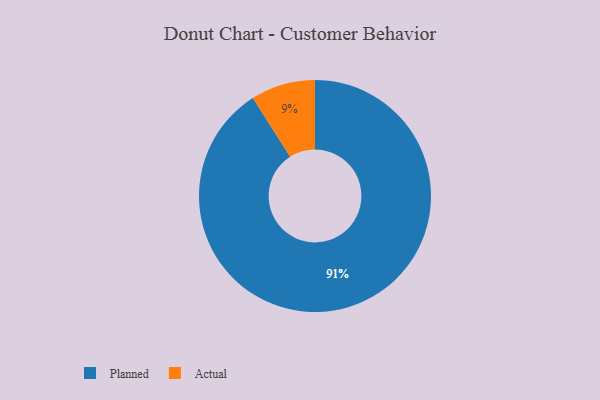
{"axis": {"x": "Category", "y": "Percentage"}, "legend": ["Actual", "Planned"], "data": [{"x": "Planned", "y": 91, "type": "Planned"}, {"x": "Actual", "y": 9, "type": "Actual"}]}